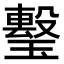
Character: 𤩯